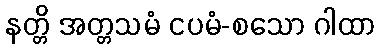
နတ္တိ အတ္တသမံ ငပမံ-စသော ဂါထာ